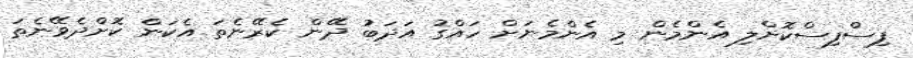
ފިސްފިސްކޮށްލި އެންމެން މި އެންމެނަށް ހައްގު އަދަބު ދޭން ކެރޭނެތަ އެކަން ކޮށްދެވޭނެތަ